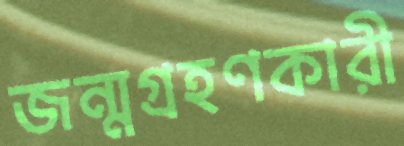
জন্মগ্রহণকারী